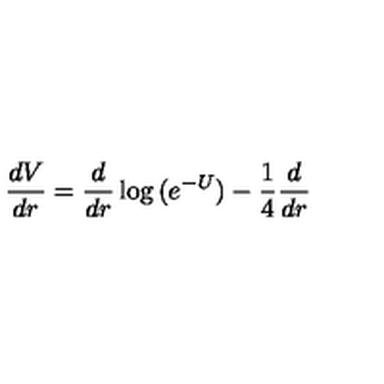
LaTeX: { \frac { d V } { d r } } = { \frac { d } { d r } } \log { ( e ^ { - U } ) } - { \frac { 1 } { 4 } } { \frac { d } { d r } }